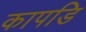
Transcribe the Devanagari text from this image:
कापडि